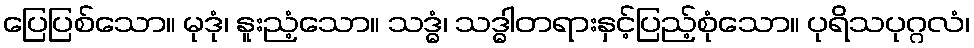
ပြေပြစ်သော။ မုဒုံ၊ နူးညံ့သော။ သဒ္ဓံ၊ သဒ္ဓါတရားနှင့်ပြည့်စုံသော။ ပုရိသပုဂ္ဂလံ၊